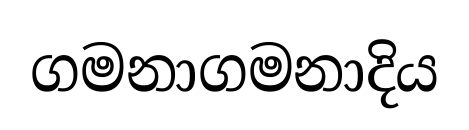
ගමනාගමනාදිය